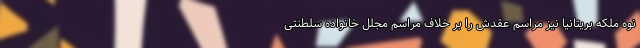
نوه ملکه بریتانیا نیز مراسم عقدش را بر خلاف مراسم مجلل خانواده سلطنتی